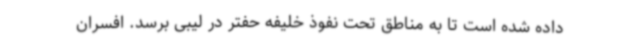
داده شده است تا به مناطق تحت نفوذ خلیفه حفتر در لیبی برسد. افسران